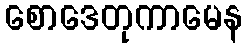
စောဒေတုကာမေန